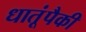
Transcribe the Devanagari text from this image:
धातूंपैकी